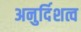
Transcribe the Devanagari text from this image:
अनुर्दिशत्व